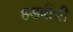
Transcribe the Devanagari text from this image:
हडबीची